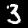
Digit: 3